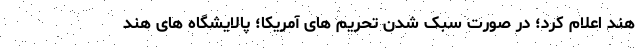
هند اعلام کرد؛ در صورت سبک شدن تحریم های آمریکا؛‌ پالایشگاه های هند